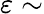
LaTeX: \varepsilon\sim